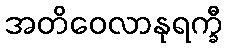
အတိဝေလာနုရက္ခီ